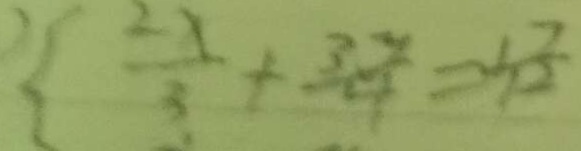
\{ \frac { 2 x } { 3 } + \frac { 3 y } { 4 } = \frac { 1 7 } { 1 2 }